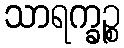
သာရက္ခဉ္စ